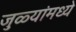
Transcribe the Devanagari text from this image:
जुळ्यांमध्ये